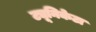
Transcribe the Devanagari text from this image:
ट्यूनिकेटा